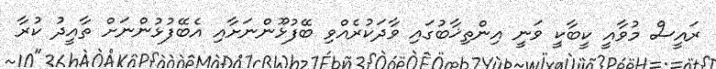
ރައީސް މުވާއީ ކީބާކީ ވަނީ އިންތިޚާބުގައި ވާދަކުރެއްވި ބޭފުޅޫންނަށާއި އެބޭފުޅުންނަށް ތާއީދު ކުރާ